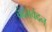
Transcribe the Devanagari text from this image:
चंदनवंदन